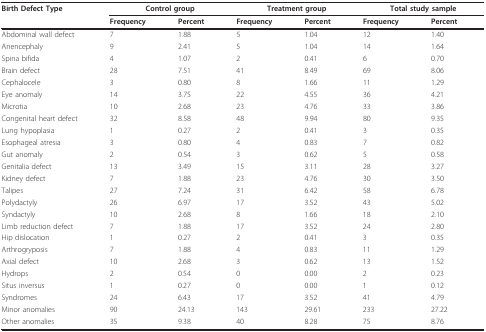
<table><thead><tr><td><b>Birth Defect Type</b></td><td colspan="2"><b>Control group</b></td><td colspan="2"><b>Treatment group</b></td><td colspan="2"><b>Total study sample</b></td></tr><tr><td></td><td><b>Frequency</b></td><td><b>Percent</b></td><td><b>Frequency</b></td><td><b>Percent</b></td><td><b>Frequency</b></td><td><b>Percent</b></td></tr></thead><tbody><tr><td>Abdominal wall defect</td><td>7</td><td>1.88</td><td>5</td><td>1.04</td><td>12</td><td>1.40</td></tr><tr><td>Anencephaly</td><td>9</td><td>2.41</td><td>5</td><td>1.04</td><td>14</td><td>1.64</td></tr><tr><td>Spina bifida</td><td>4</td><td>1.07</td><td>2</td><td>0.41</td><td>6</td><td>0.70</td></tr><tr><td>Brain defect</td><td>28</td><td>7.51</td><td>41</td><td>8.49</td><td>69</td><td>8.06</td></tr><tr><td>Cephalocele</td><td>3</td><td>0.80</td><td>8</td><td>1.66</td><td>11</td><td>1.29</td></tr><tr><td>Eye anomaly</td><td>14</td><td>3.75</td><td>22</td><td>4.55</td><td>36</td><td>4.21</td></tr><tr><td>Microtia</td><td>10</td><td>2.68</td><td>23</td><td>4.76</td><td>33</td><td>3.86</td></tr><tr><td>Congenital heart defect</td><td>32</td><td>8.58</td><td>48</td><td>9.94</td><td>80</td><td>9.35</td></tr><tr><td>Lung hypoplasia</td><td>1</td><td>0.27</td><td>2</td><td>0.41</td><td>3</td><td>0.35</td></tr><tr><td>Esophageal atresia</td><td>3</td><td>0.80</td><td>4</td><td>0.83</td><td>7</td><td>0.82</td></tr><tr><td>Gut anomaly</td><td>2</td><td>0.54</td><td>3</td><td>0.62</td><td>5</td><td>0.58</td></tr><tr><td>Genitalia defect</td><td>13</td><td>3.49</td><td>15</td><td>3.11</td><td>28</td><td>3.27</td></tr><tr><td>Kidney defect</td><td>7</td><td>1.88</td><td>23</td><td>4.76</td><td>30</td><td>3.50</td></tr><tr><td>Talipes</td><td>27</td><td>7.24</td><td>31</td><td>6.42</td><td>58</td><td>6.78</td></tr><tr><td>Polydactyly</td><td>26</td><td>6.97</td><td>17</td><td>3.52</td><td>43</td><td>5.02</td></tr><tr><td>Syndactyly</td><td>10</td><td>2.68</td><td>8</td><td>1.66</td><td>18</td><td>2.10</td></tr><tr><td>Limb reduction defect</td><td>7</td><td>1.88</td><td>17</td><td>3.52</td><td>24</td><td>2.80</td></tr><tr><td>Hip dislocation</td><td>1</td><td>0.27</td><td>2</td><td>0.41</td><td>3</td><td>0.35</td></tr><tr><td>Arthrogryposis</td><td>7</td><td>1.88</td><td>4</td><td>0.83</td><td>11</td><td>1.29</td></tr><tr><td>Axial defect</td><td>10</td><td>2.68</td><td>3</td><td>0.62</td><td>13</td><td>1.52</td></tr><tr><td>Hydrops</td><td>2</td><td>0.54</td><td>0</td><td>0.00</td><td>2</td><td>0.23</td></tr><tr><td>Situs inversus</td><td>1</td><td>0.27</td><td>0</td><td>0.00</td><td>1</td><td>0.12</td></tr><tr><td>Syndromes</td><td>24</td><td>6.43</td><td>17</td><td>3.52</td><td>41</td><td>4.79</td></tr><tr><td>Minor anomalies</td><td>90</td><td>24.13</td><td>143</td><td>29.61</td><td>233</td><td>27.22</td></tr><tr><td>Other anomalies</td><td>35</td><td>9.38</td><td>40</td><td>8.28</td><td>75</td><td>8.76</td></tr></tbody></table>